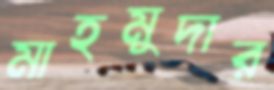
মাহমুদার